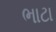
ભાટા